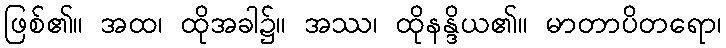
ဖြစ်၏။ အထ၊ ထိုအခါ၌။ အဿ၊ ထိုနန္ဒိယ၏။ မာတာပိတရော၊